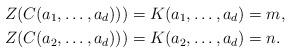
LaTeX: \begin{align*} Z(C(a_1,\ldots,a_d)))&= K(a_1,\ldots,a_d)=m,\\ Z(C(a_2,\ldots,a_d)))&= K(a_2,\ldots,a_d)=n. \end{align*}